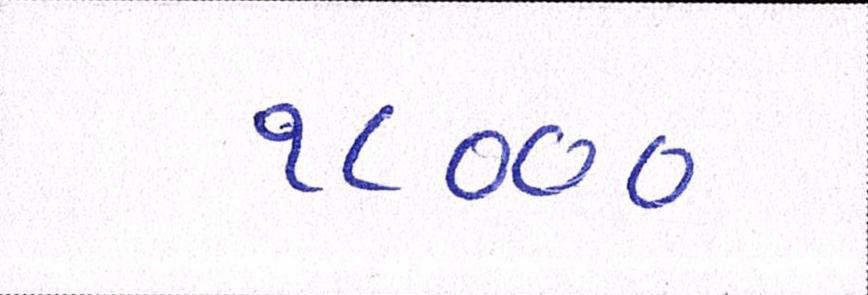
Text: ૧૮૦૦૦